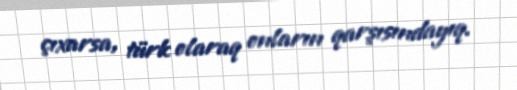
çıxarsa, türk olaraq onların qarşısındayıq.